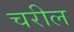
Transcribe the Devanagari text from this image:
चरील